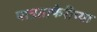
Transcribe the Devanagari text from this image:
पात्रताफेरीच्या